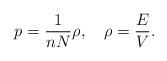
LaTeX: \begin{align*}p = \frac{1}{nN}\rho, \ \ \ \rho =\frac{E}{V}.\end{align*}